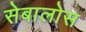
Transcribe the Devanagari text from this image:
सेबालोस